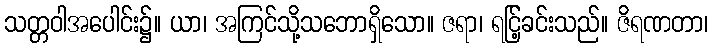
သတ္တဝါအပေါင်း၌။ ယာ၊ အကြင်သို့သဘောရှိသော။ ဇရာ၊ ရင်ြ့ခင်းသည်။ ဇိရဏတာ၊